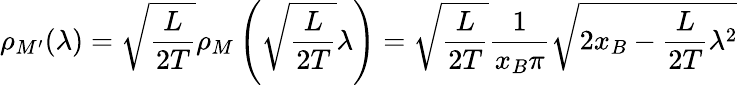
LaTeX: \rho_{M^{\prime}}(\lambda)=\sqrt{\frac{L}{2T}}\rho_{M}\left(\sqrt{\frac{L}{2T}}\lambda\right)=\sqrt{\frac{L}{2T}}\frac{1}{x_{B}\pi}\sqrt{2x_{B}-\frac{L}{2T}\lambda^{2}}